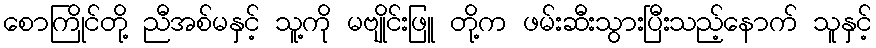
စောကြိုင်တို့ ညီအစ်မနှင့် သူ့ကို မဗျိုင်းဖြူ တို့က ဖမ်းဆီးသွားပြီးသည့်နောက် သူနှင့်